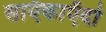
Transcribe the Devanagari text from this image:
साऍकाऍदो